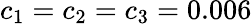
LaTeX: c_{1}=c_{2}=c_{3}=0.006